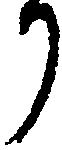
か